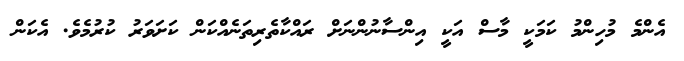
އެންމެ މުހިންމު ކަމަކީ މާސް އަކީ އިންސާނުންނަށް ރައްކާތެރިތަނެއްކަން ކަށަވަރު ކުރުމެވެ. އެކަން